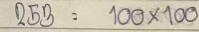
253 = 100 x 100